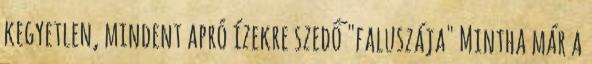
kegyetlen, mindent apró ízekre szedő "faluszája" Mintha már a